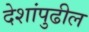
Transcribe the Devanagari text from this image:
देशांपुढील